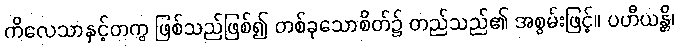
ကိလေသာနှင့်တကွ ဖြစ်သည်ဖြစ်၍ တစ်ခုသောစိတ်၌ တည်သည်၏ အစွမ်းဖြင့်။ ပဟီယန္တိ၊